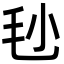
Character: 毜